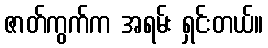
ဇာတ်ကွက်က အရမ်း ရှင်းတယ်။